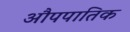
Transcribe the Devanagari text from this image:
औपपातिक